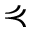
\curlyeqprec